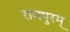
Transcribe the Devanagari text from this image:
रामपुरम्